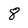
Character: 8